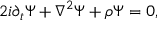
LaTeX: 2 i \partial _ { t } \Psi + \nabla ^ { 2 } \Psi + { \rho } \Psi = 0 ,